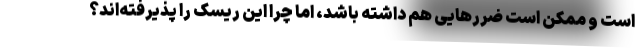
است و ممکن است ضررهایی هم داشته باشد، اما چرا این ریسک را پذیرفته‌اند؟